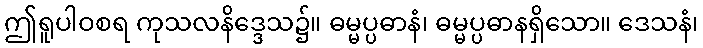
ဤရူပါဝစရ ကုသလနိဒ္ဒေသ၌။ ဓမ္မပ္ပဓာနံ၊ ဓမ္မပ္ပဓာနရှိသော။ ဒေသနံ၊